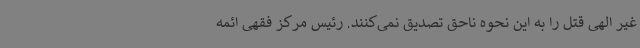
غیر الهی قتل را به این نحوه ناحق تصدیق نمی‌کنند. رئیس مرکز فقهی ائمه